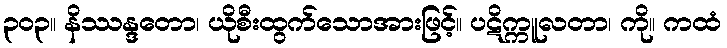
၃၀၃။ နိဿန္ဒတော၊ ယိုစီးထွက်သောအားဖြင့်။ ပဋိက္ကူလတာ၊ ကို။ ကထံ